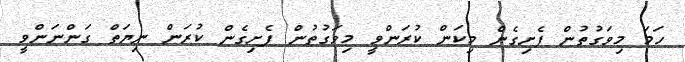
ހަމަ މިވަގުތުން ފެށިގެން މިކަން ކުރަންވީ މިވަގުތުން ފެށިގެން ކުރަން ނިޔަތް ގަންނަންވީ